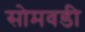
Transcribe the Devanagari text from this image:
सोमवडी